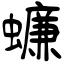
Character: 蠊